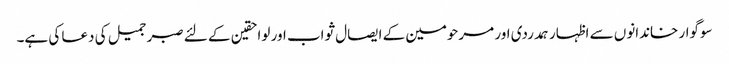
سوگوار خاندانوں سے اظہار ہمدردی اور مرحومین کے ایصال ثواب اور لواحقین کے لئے صبر جمیل کی دعا کی ہے۔